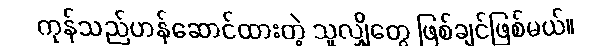
ကုန်သည်ဟန်ဆောင်ထားတဲ့ သူလျှိုတွေ ဖြစ်ချင်ဖြစ်မယ်။